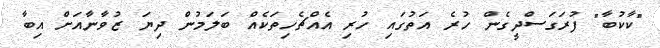
"ކާކުބާ" ފުރަގަސްދީގެން ހުރެ އަތުގައި ހުރި އެއްޗެހިތަކެއް ބަލަމުން ދިޔަ ޒުވާނާއަށް އިބާ